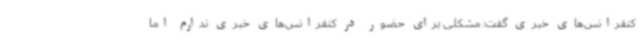
کنفرانس‌های خبری گفت: مشکلی برای حضور در کنفرانس‌های خبری ندارم اما